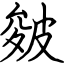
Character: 皴